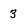
Character: 3